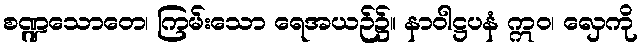
စဏ္ဍသောတေ၊ ကြမ်းသော ရေအယဉ်၌။ နာဝါဋ္ဌပနံ ဣဝ၊ လှေကို